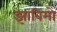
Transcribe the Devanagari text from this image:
झाविमो